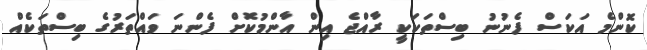
ކޮންމެ އަކަސް ފެނުނު ބިސްތަކަކީ ރާއްޖެ އިން އާންމުކޮށް ފެންނަ ވައްތަރުގެ ބިސްތަކެއް